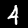
Digit: 4